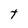
Character: t